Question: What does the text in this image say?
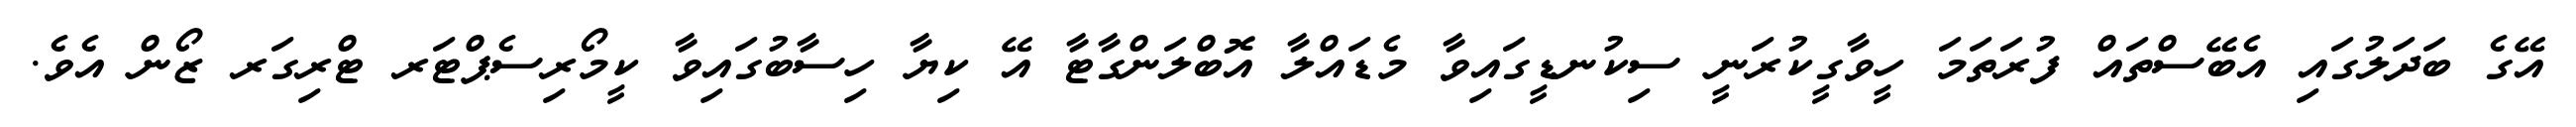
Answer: އޭގެ ބަދަލުގައި އެބޭސްތައް ފުރަތަމަ ހީވާގީކުރަނީ ސިކުނޑީގައިވާ މެޑައްލާ އޮބްލަންގާޓާ އޭ ކިޔާ ހިސާބުގައިވާ ކީމޯރިސެޕްޓަރ ޓްރިގަރ ޒޯން އެވެ.